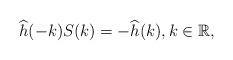
LaTeX: \begin{align*}\widehat{ h}(-k)S(k)=-\widehat{h}(k),k\in \mathbb{R},\end{align*}